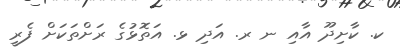
ކ. ކާށިދޫ އާއި ނ ރ. އަދި ޅ. އަތޮޅުގެ ރަށްތަކަށް ފެރީ